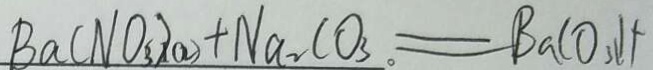
B a ( N O _ { 3 } ) _ { 2 } + N a _ { 2 } C O _ { 3 } = B a C O _ { 3 } \downarrow +